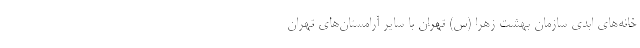
خانه‌های ابدی سازمان بهشت زهرا (س) تهران با سایر آرامستان‌های تهران